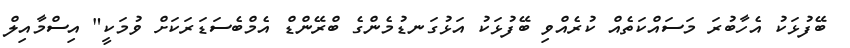
ބޭފުޅަކު އެހާބުރަ މަސައްކަތެއް ކުރެއްވި ބޭފުޅަކު އަޅުގަނޑުމެންގެ ބްރޭންޑް އެމްބެސަޑަރަކަށް ވުމަކީ" އިސްމާއިލް